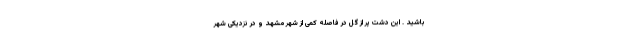
باشید . این دشت پر از گل در فاصله کمی از شهر مشهد و در نزدیکی شهر